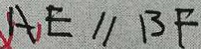
A _ { 1 } E / / B F